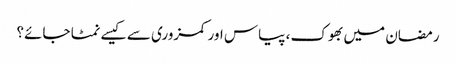
رمضان میں بھوک، پیاس اور کمزوری سے کیسے نمٹا جائے؟